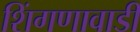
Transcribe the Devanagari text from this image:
शिंगणावाडी